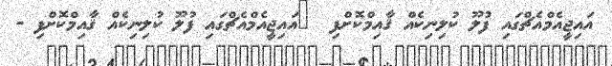
އައިޖީއެމްއެޗްގައި ފުލޫ ކުލިނިކެއް ޤާއިމްކޮށްފި  	އައިޖީއެމްއެޗްގައި ފުލޫ ކުލިނިކެއް ޤާއިމްކޮށްފި -